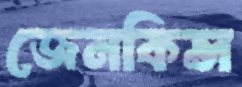
জেনকিন্স